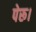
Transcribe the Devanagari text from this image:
पेरू।